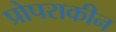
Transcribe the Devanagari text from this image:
प्रोपराकीन